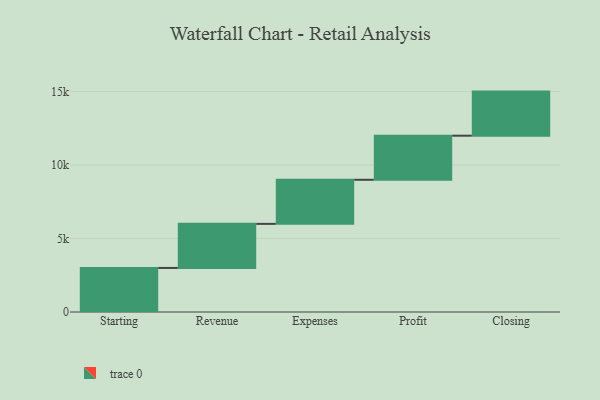
{"axis": {"x": "Step", "y": "Value"}, "legend": [""], "data": [{"x": "Starting", "y": 2997.0, "type": ""}, {"x": "Revenue", "y": 3000, "type": ""}, {"x": "Expenses", "y": 3000, "type": ""}, {"x": "Profit", "y": 3000, "type": ""}, {"x": "Closing", "y": 3000, "type": ""}]}